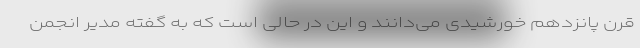
قرن پانزدهم خورشیدی می‌دانند و این در حالی است که به گفته مدیر انجمن